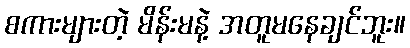
စကားများတဲ့ မိန်းမနဲ့ အတူမနေချင်ဘူး။